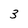
Character: 3